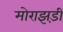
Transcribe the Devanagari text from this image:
मोराझड़ी